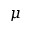
\mu